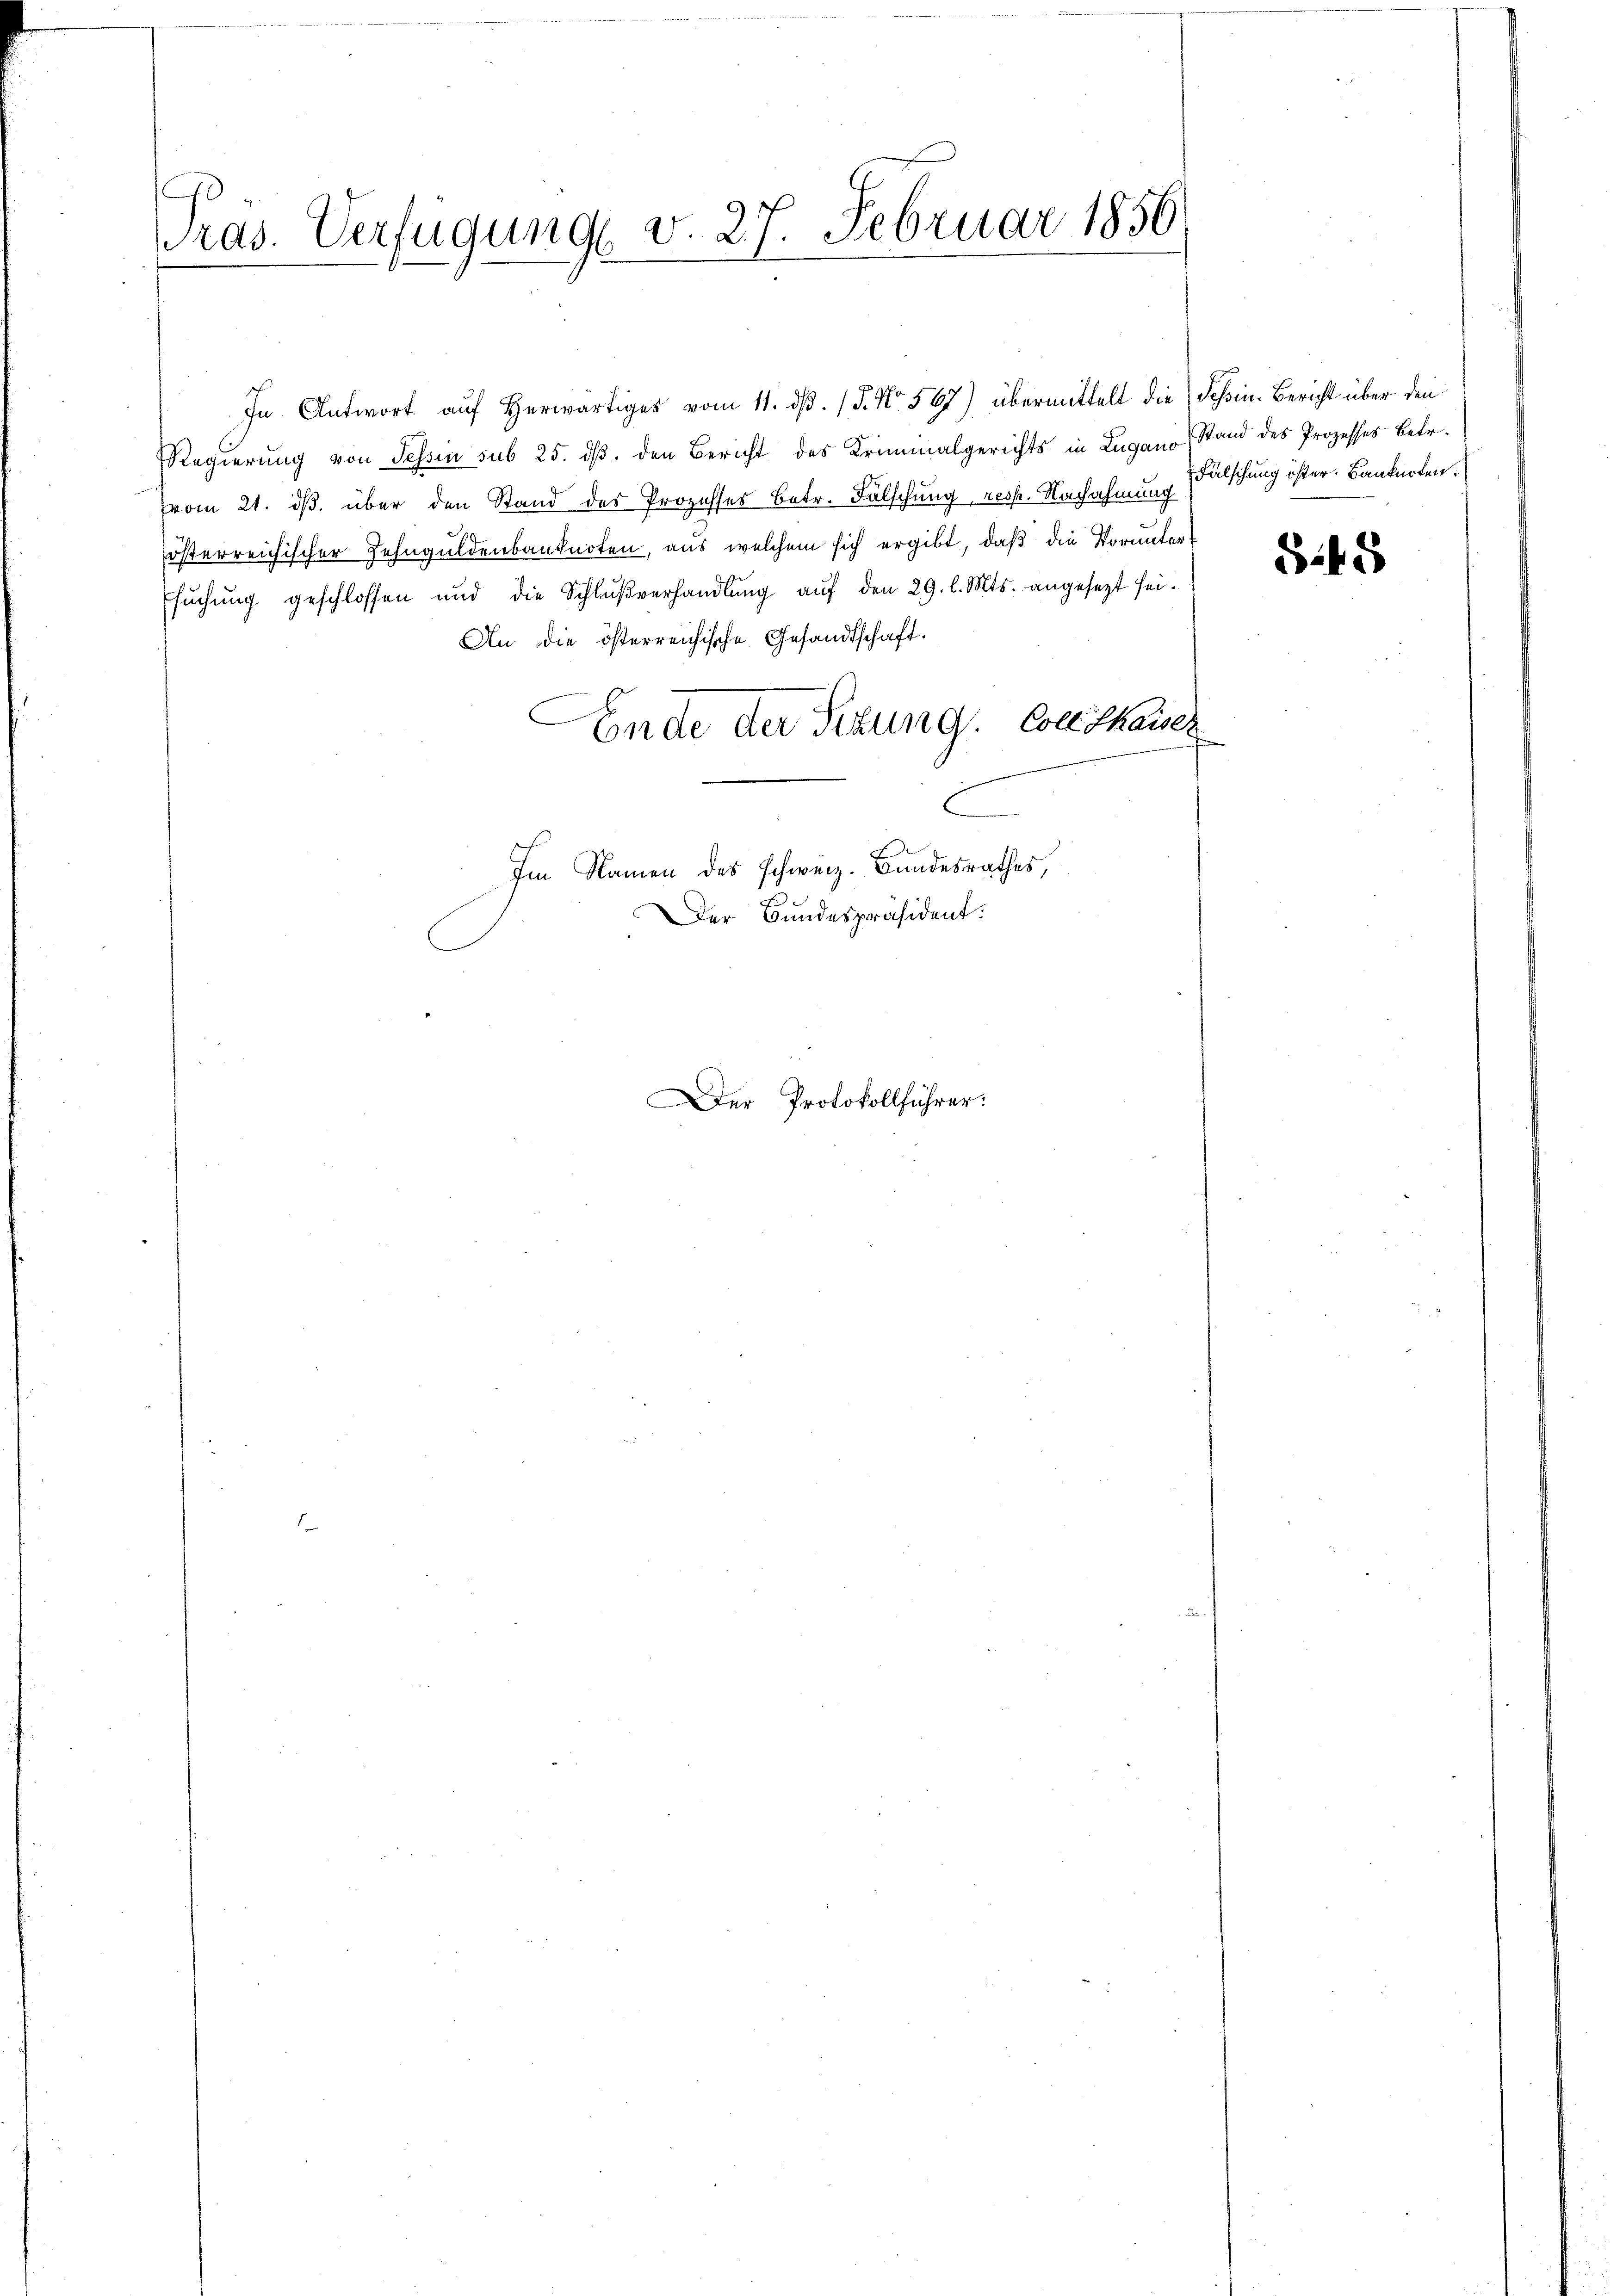
Pras. Verfügung v. 27. Februar 1856

Regierung von Tessin sub 25. ds. den Bericht des Kriminalgerichts in Lugano Stand des Prozesses betr.
(vom 21. ds. über den Stand des Prozesses Betr. Fälschung resp. Nachahmung (Falschung ister. Banknoten.
österreichischer Zehnguldenbanknoten, aus welchem sich ergibt, daß die Vorunter¬
Esŭchŭng geschlossen und die Schlŭβverhandlŭng aŭf den 29. l. Mts. angesezt sei¬
An die österreichische Gesandtschaft.
Ende der Sitzung. Colle Thaiser
Im Namen des schweiz. Bundesrathes,
Der Bundespräsident:

In Antwort aŭf herwärtiges vom 11. dβ. / 5. No. 567) übermittelt die Schwin-Bericht über den

Der Protokollführer:

545